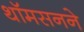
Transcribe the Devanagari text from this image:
थॉमसनने